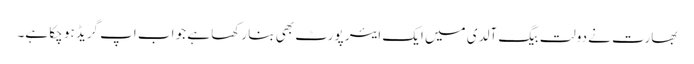
بھارت نے دولت بیگ آلدی میں ایک ایئر پورٹ بھی بنا رکھا ہے جو اب اپ گریڈ ہو چکا ہے۔